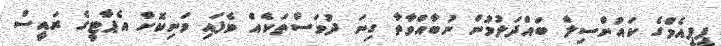
ޕީޕީއެމްގެ ކައުންސިލް ބައްދަލުވުން ނުބާއްވާތާ ގިނަ ދުވަސްތަކެއް ވެފައި ވަނިކޮށް އެޕާޓީގެ ރައީސް